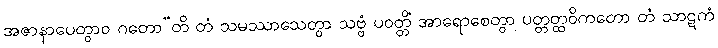
အဇာနာပေတွာဝ ဂတော”တိ တံ သမဿာသေတွာ သဗ္ဗံ ပဝတ္တိံ အာရောစေတွာ ပတ္တတ္ထဝိကတော တံ သာဋကံ